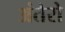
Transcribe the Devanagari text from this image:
अंतेरो